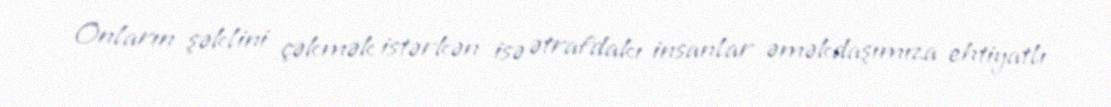
Onların şəklini çəkmək istərkən isə ətrafdakı insanlar əməkdaşımıza ehtiyatlı